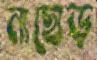
নাছোড়